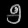
Digit: ၅